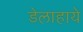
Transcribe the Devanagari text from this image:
डेलाहाये